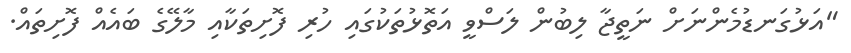
"އަޅުގަނޑުމެންނަށް ނަތީޖާ ލިބުން ލަސްވީ އަތޮޅުތަކުގައި ހުރި ފޮށިތަކާއި މާލޭގެ ބައެއް ފޮށިތައް.